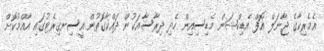
އެމެރިކާގެ ޖާނަލް އޮފް އެޑިކްޝަން މެޑިސިއިން ހެދި ދިރާސާއަކުން ދައްކާގޮތުން އީސިނގިރެޓުގައި އާއްމުކޮށް